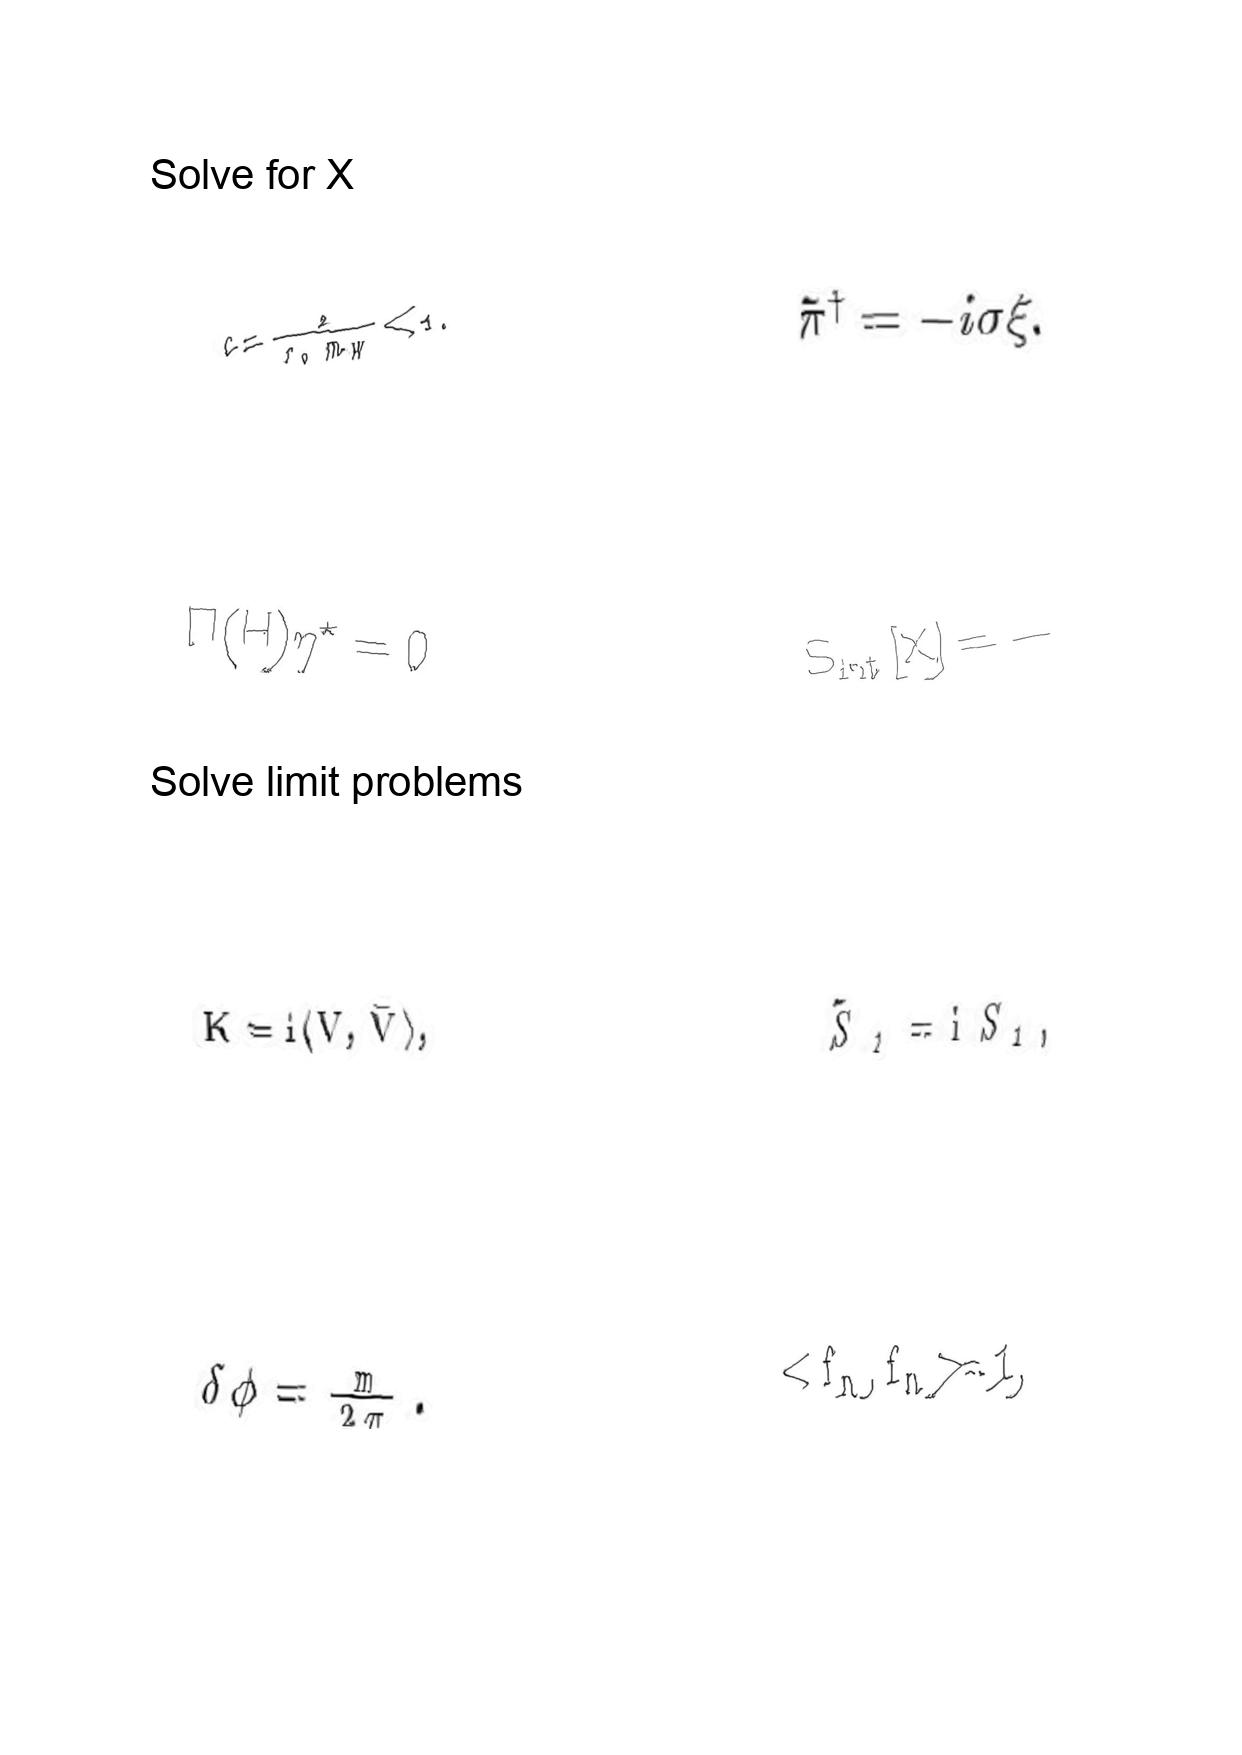
LaTeX transcription:
c = \frac { 2 } { r _ { 0 } m _ { W } } \ll 1 .
\Pi \lparen H \rparen \eta ^ { \star } = 0
K = i \langle V , \bar { V } \rangle ,
\delta \phi = \frac { m } { 2 \pi } .
\tilde { \pi } ^ { \dagger } = - i \sigma \xi .
S _ { \mathrm { i n t } } \lbrack X \rbrack = -
\tilde { S } _ { 1 } = \mathrm { i } S _ { 1 } ,
\lt f _ { n } , f _ { n } \gt = 1 ,